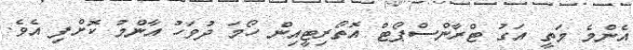
އެންމެ މަތީ އަގު ޓްރާންސްޕޯޓް އޮތޯރިޓީއިން ހޯމަ ދުވަހު އާންމު ކޮށްފި އެވެ.